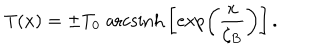
LaTeX: T ( x ) = \pm T _ { 0 } \; \mathrm { a r c s i n h } \left[ \exp \left( \frac { x } { \zeta _ { B } } \right) \right] .